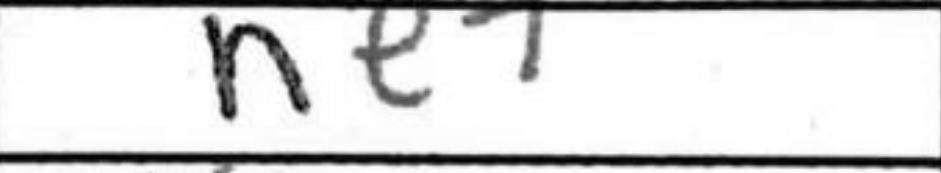
Transcription: Ne7